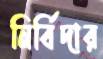
নির্বিদার